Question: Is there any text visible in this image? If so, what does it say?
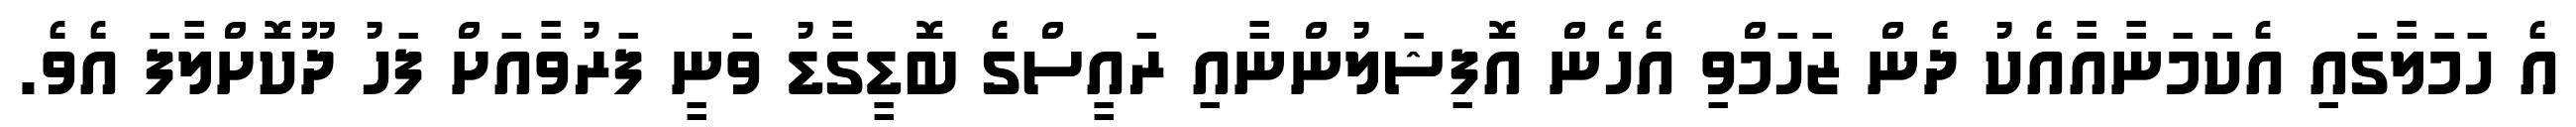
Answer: އެ ހަމަލާގައި އެކަމަނާއާއެކު ދެން ޒަހަމްވި އެހެން އޮފިޝަލުންނާއި ރައީސްގެ ބޮޑީގާޑު ވަނީ ފަރުވާއަށް ފަހު ދޫކޮށްލާފަ އެވެ.